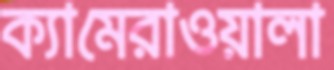
ক্যামেরাওয়ালা